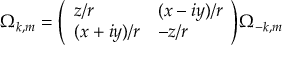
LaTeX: \Omega _ { k , m } = { \left( \begin{array} { l l } { z / r } & { ( x - i y ) / r } \\ { ( x + i y ) / r } & { - z / r } \end{array} \right) } \Omega _ { - k , m }